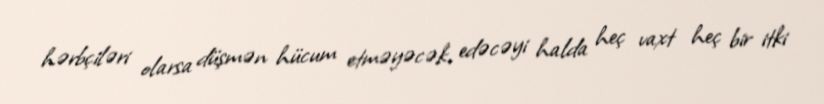
hərbçiləri olarsa düşmən hücum etməyəcək, edəcəyi halda heç vaxt heç bir itki